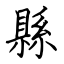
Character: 縣